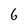
Character: 6